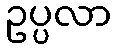
ဥပ္ပလာ